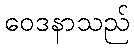
ဝေဒနာသည်